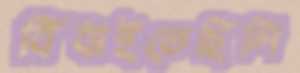
বিঁধাইতেছিলি